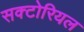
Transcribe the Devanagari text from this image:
सक्टोरियल